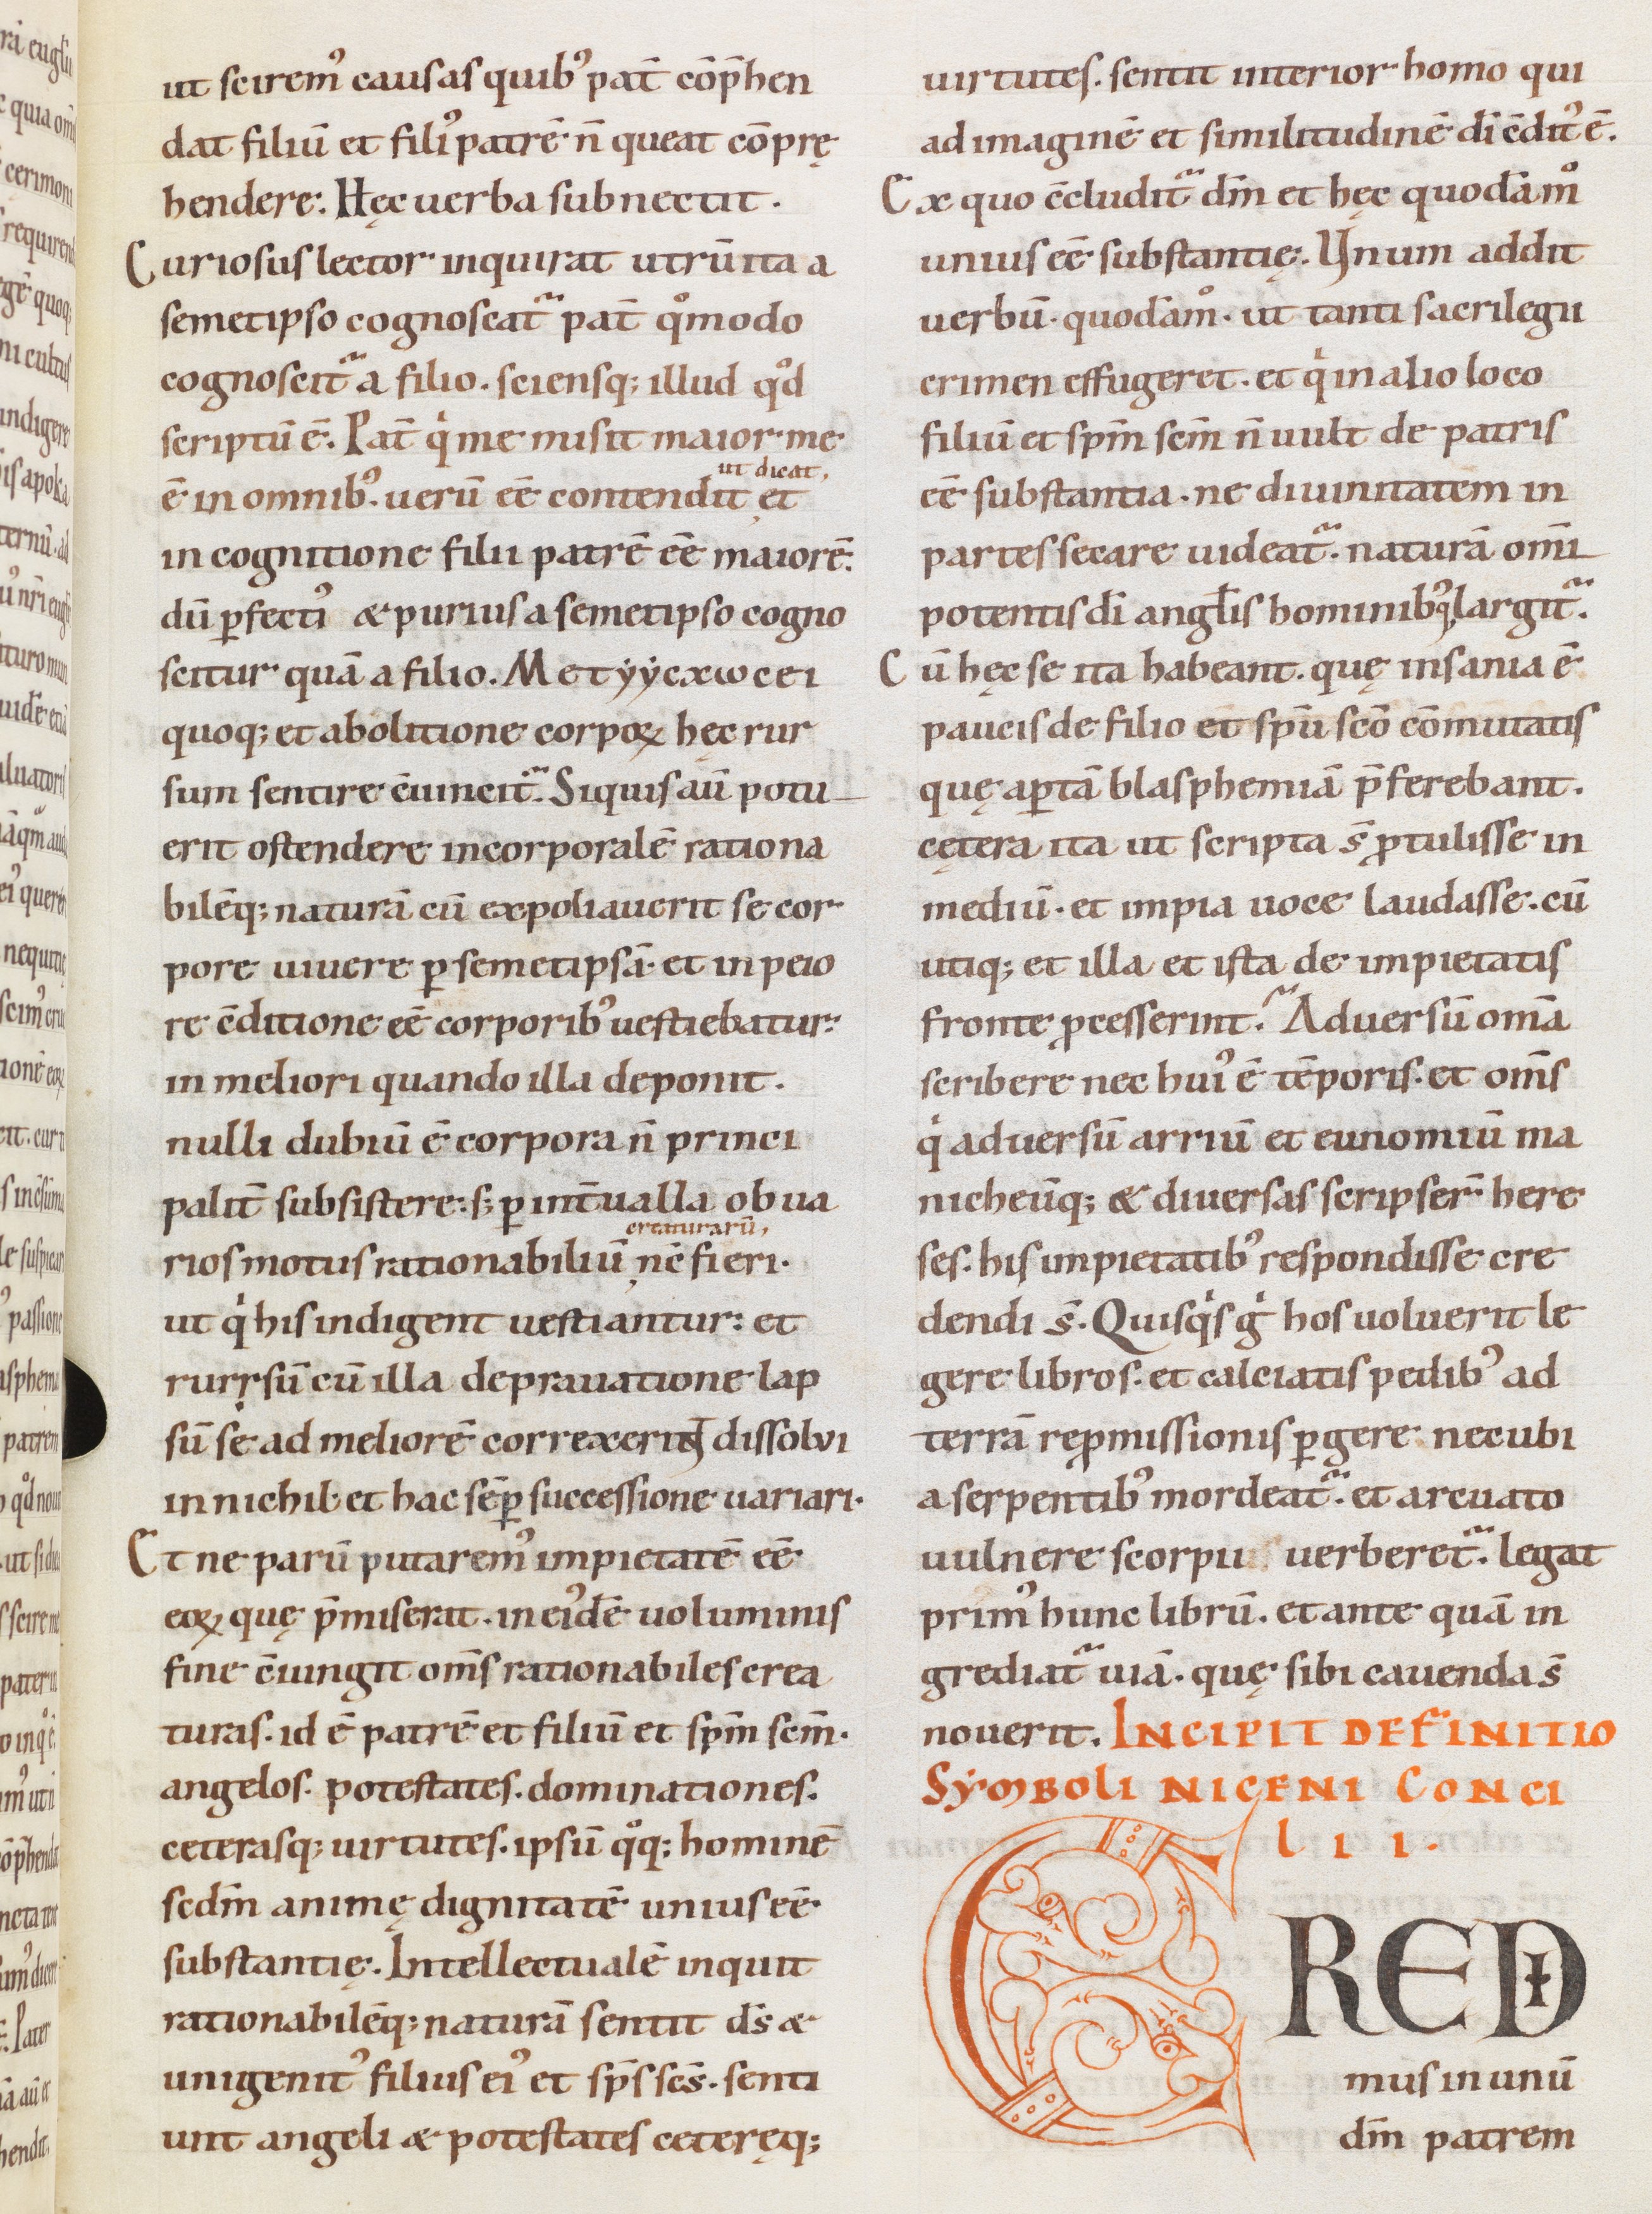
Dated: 1085–1115